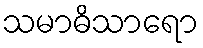
သမာဓိသာရော